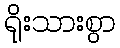
ရိုးသားစွာ